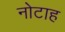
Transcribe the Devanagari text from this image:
नोटाह